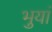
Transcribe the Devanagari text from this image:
भुयां